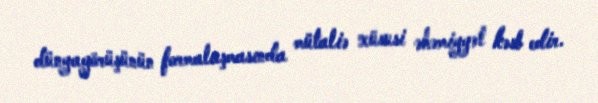
dünyagörüşünün formalaşmasında mütaliə xüsusi əhəmiyyət kəsb edir.